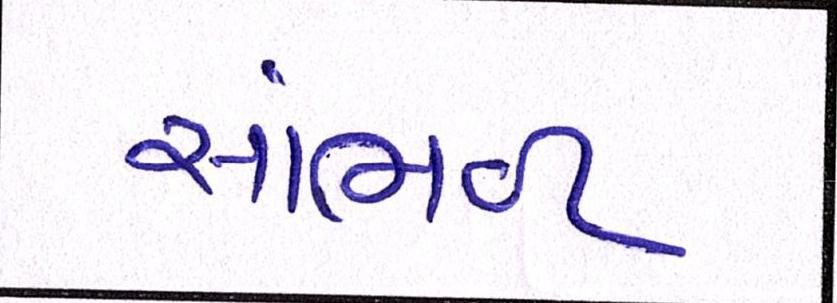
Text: સાંભળ